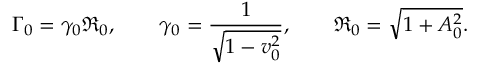
\Gamma _ { 0 } = \gamma _ { 0 } { \mathfrak R } _ { 0 } , \qquad \gamma _ { 0 } = { \frac { 1 } { \sqrt { 1 - v _ { 0 } ^ { 2 } } } } , \qquad { \mathfrak R } _ { 0 } = { \sqrt { 1 + A _ { 0 } ^ { 2 } } } .